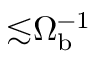
{ \lesssim } \Omega _ { \mathrm { b } } ^ { - 1 }